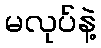
မလုပ်နဲ့